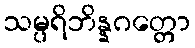
သမ္ပရိဘိန္နဂတ္တော